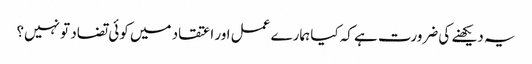
یہ دیکھنے کی ضرورت ہے کہ کیا ہمارے عمل اور اعتقاد میں کوئی تضاد تو نہیں؟